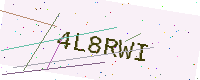
Text: 4L8RWI